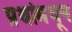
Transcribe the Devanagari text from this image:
प्रथांमधून